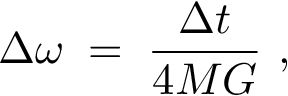
\Delta \omega \; = \; { \frac { \Delta t } { 4 M G } } \ ,